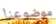
موضوعنا